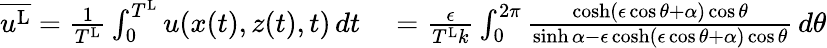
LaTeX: \begin{array}{rl}{\overline{{u^{\textnormal{L}}}}=\frac{1}{T^{\textnormal{L}}}\int_{0}^{T^{\textnormal{L}}}u(x(t),z(t),t)\, dt}&{{}=\frac{\epsilon}{T^{\textnormal{L}}k}\int_{0}^{2\pi}\frac{\cosh(\epsilon\cos\theta+{\alpha})\cos\theta}{\sinh{\alpha}-\epsilon\cosh(\epsilon\cos\theta+{\alpha})\cos\theta}\, d\theta}\end{array}